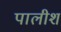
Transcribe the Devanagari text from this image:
पालीश